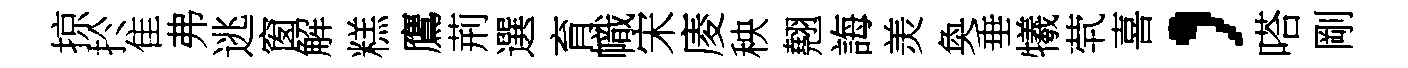
掠扵隹弗逃窗解糕鷹荊選育幟宋庱秧翹誨羙奐垂犧茕喜，嗒剛